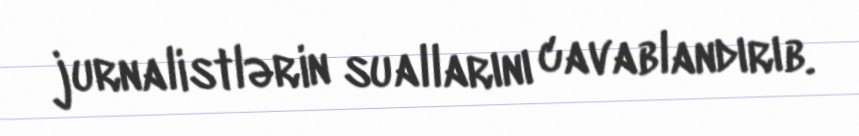
jurnalistlərin suallarını cavablandırıb.